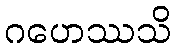
ဂဟေဿသိ